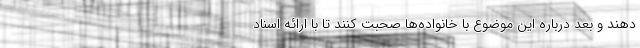
دهند و بعد درباره این موضوع با خانواده‌ها صحبت کنند تا با ارائه اسناد